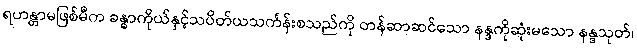
ရဟန္တာမဖြစ်မီက ခန္ဓာကိုယ်နှင့်သပိတ်ယသင်္ကန်းစသည်ကို တန်ဆာဆင်သော နန္ဒကိုဆုံးမသော နန္ဒသုတ်၊